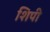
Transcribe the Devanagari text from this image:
शिपी